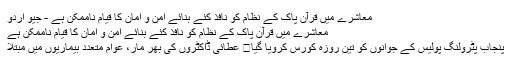
معاشرے میں قرآن پاک کے نظام کو نافذ کئے بنائے امن و امان کا قیام ناممکن ہے - جیو اردو
معاشرے میں قرآن پاک کے نظام کو نافذ کئے بنائے امن و امان کا قیام ناممکن ہے
پنجاب پٹرولنگ پولیس کے جوانوں کو تین روزہ کورس کرویا گیا	 عطائی ڈاکٹروں کی بھر مار، عوام متعدد بیماریوں میں مبتلا